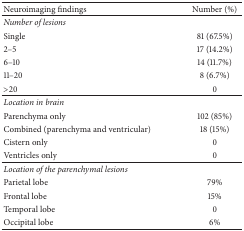
| Neuroimaging findings | Number (%) |
 | --- | --- |
 | Number of lesions |  |
 | Single | 81 (67.5%) |
 | 2–5 | 17 (14.2%) |
 | 6–10 | 14 (11.7%) |
 | 11–20 | 8 (6.7%) |
 | >20 | 0 |
 | Location in brain |  |
 | Parenchyma only | 102 (85%) |
 | Combined (parenchyma and ventricular) | 18 (15%) |
 | Cistern only | 0 |
 | Ventricles only | 0 |
 | Location of the parenchymal lesions |  |
 | Parietal lobe | 79% |
 | Frontal lobe | 15% |
 | Temporal lobe | 0 |
 | Occipital lobe | 6% |